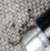
نحن